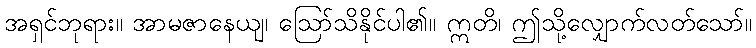
အရှင်ဘုရား။ အာမဇာနေယျ၊ ဩော်သိနိုင်ပါ၏။ ဣတိ၊ ဤသို့လျှောက်လတ်သော်။